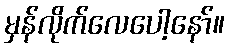
မှန်လိုက်လေပေါ့နော်။